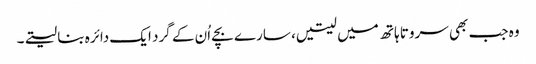
وہ جب بھی سروتا ہاتھ میں لیتیں، سارے بچے اُن کے گرد ایک دائرہ بنا لیتے۔